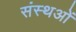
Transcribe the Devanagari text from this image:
संस्थओं